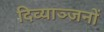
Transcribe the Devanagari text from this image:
दिव्याञ्जनों